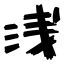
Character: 浅